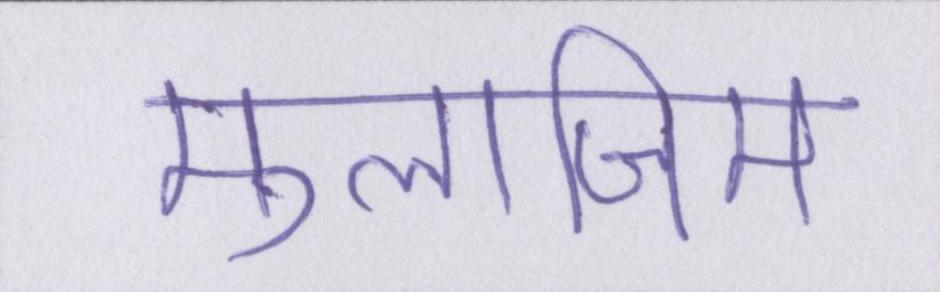
मुलाजिम